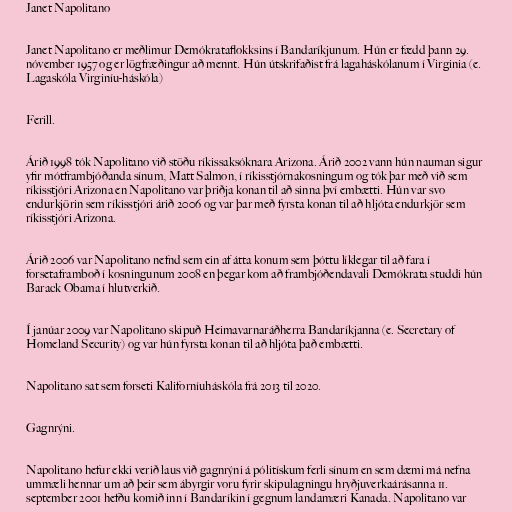
Janet Napolitano

Janet Napolitano er meðlimur Demókrataflokksins í Bandaríkjunum. Hún er fædd þann 29.
nóvember 1957 og er lögfræðingur að mennt. Hún útskrifaðist frá lagaháskólanum í Virginia (e.
Lagaskóla Virginíu-háskóla)

Ferill.

Árið 1998 tók Napolitano við stöðu ríkissaksóknara Arizona. Árið 2002 vann hún nauman sigur
yfir mótframbjóðanda sínum, Matt Salmon, í ríkisstjórnakosningum og tók þar með við sem
ríkisstjóri Arizona en Napolitano var þriðja konan til að sinna því embætti. Hún var svo
endurkjörin sem ríkisstjóri árið 2006 og var þar með fyrsta konan til að hljóta endurkjör sem
ríkisstjóri Arizona.

Árið 2006 var Napolitano nefnd sem ein af átta konum sem þóttu líklegar til að fara í
forsetaframboð í kosningunum 2008 en þegar kom að frambjóðendavali Demókrata studdi hún
Barack Obama í hlutverkið.

Í janúar 2009 var Napolitano skipuð Heimavarnaráðherra Bandaríkjanna (e. Secretary of
Homeland Security) og var hún fyrsta konan til að hljóta það embætti.

Napolitano sat sem forseti Kaliforníuháskóla frá 2013 til 2020.

Gagnrýni.

Napolitano hefur ekki verið laus við gagnrýni á pólitískum ferli sínum en sem dæmi má nefna
ummæli hennar um að þeir sem ábyrgir voru fyrir skipulagningu hryðjuverkaárásanna 11.
september 2001 hefðu komið inn í Bandaríkin í gegnum landamæri Kanada. Napolitano var